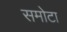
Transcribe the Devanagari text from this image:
समोटा